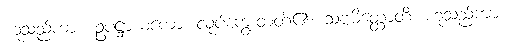
ဟူသည်ကား။ ဥပဋ္ဌာယကော၊ လုပ်ကျွေးတတ်၏။ သဗ္ဗမိတ္ထောတိ၊ ဟူသည်ကား။